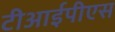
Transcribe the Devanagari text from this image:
टीआईपीएस